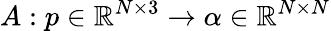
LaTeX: A:p\in\mathbb{R}^{N\times 3}\to\mathbf{\alpha}\in\mathbb{R}^{N\times N}